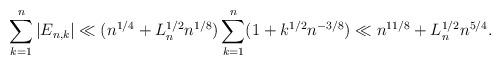
LaTeX: \begin{align*}\sum_{k=1}^{n}|E_{n,k}|\ll (n^{1/4}+L_n^{1/2}n^{1/8})\sum_{k=1}^{n}(1+k^{1/2}n^{-3/8})\ll n^{11/8}+L_n^{1/2}n^{5/4}.\end{align*}